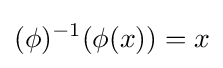
(\phi )^{-1}(\phi (x))=x